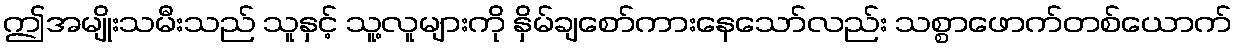
ဤအမျိုးသမီးသည် သူနှင့် သူ့လူများကို နှိမ်ချစော်ကားနေသော်လည်း သစ္စာဖောက်တစ်ယောက်